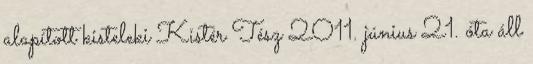
alapított kisteleki Kistér Tész 2011. június 21. óta áll